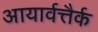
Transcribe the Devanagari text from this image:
आयार्वत्तैर्क